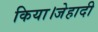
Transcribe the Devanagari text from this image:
किया।जेहादी